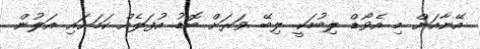
އޭނާއަށް މި އެވޯޑް ލިބުމަކީ ލިބޭ ވަރަށް ބޮޑު އުފަލެއް ކަމަށައި އަލުން